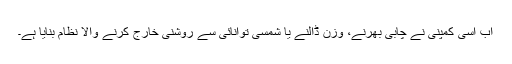
اب اسی کمپنی نے چابی بھرنے، وزن ڈالنے یا شمسی توانائی سے روشنی خارج کرنے والا نظام بنایا ہے۔